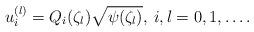
LaTeX: \begin{align*}u^{(l)}_i = Q_i(\zeta_l)\sqrt{\psi(\zeta_l)},\>i,l=0,1,\ldots.\end{align*}